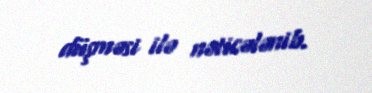
düşməsi ilə nəticələnib.